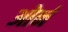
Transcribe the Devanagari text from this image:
ओर्न